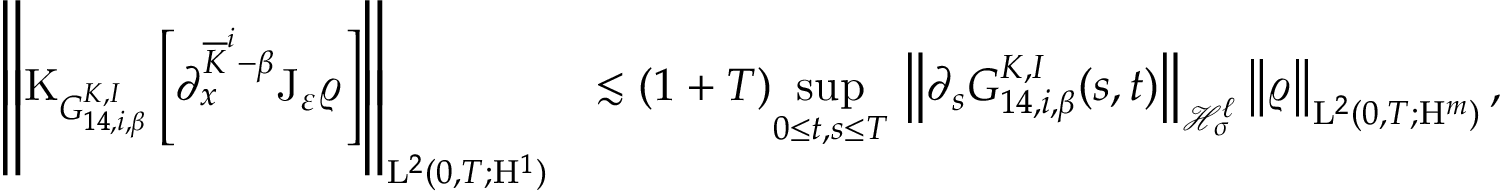
\begin{array} { r l } { \left\Vert \mathrm { K } _ { G _ { 1 4 , i , \beta } ^ { K , I } } \left[ \partial _ { x } ^ { \overline { { K } } ^ { i } - \beta } \mathrm { J } _ { \varepsilon } \varrho \right] \right\Vert _ { \mathrm { L } ^ { 2 } ( 0 , T ; \mathrm { H } ^ { 1 } ) } } & { \lesssim ( 1 + T ) \underset { 0 \leq t , s \leq T } { \operatorname* { s u p } } \, \left\Vert \partial _ { s } G _ { 1 4 , i , \beta } ^ { K , I } ( s , t ) \right\Vert _ { \mathcal { H } _ { \sigma } ^ { \ell } } \left\Vert \varrho \right\Vert _ { \mathrm { L } ^ { 2 } ( 0 , T ; \mathrm { H } ^ { m } ) } , } \end{array}